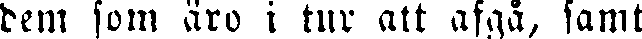
dem som äro i tur att afgå, samt